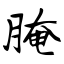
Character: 腌